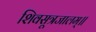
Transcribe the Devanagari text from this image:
शिवसूत्रजालम्॥